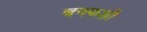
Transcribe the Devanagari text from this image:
बनफशी